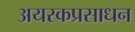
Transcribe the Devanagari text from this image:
अयस्कप्रसाधन